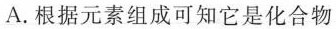
A.根据元素组成可知它是化合物